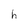
Character: h